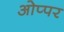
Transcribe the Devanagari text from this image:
ओप्पर